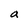
Character: a